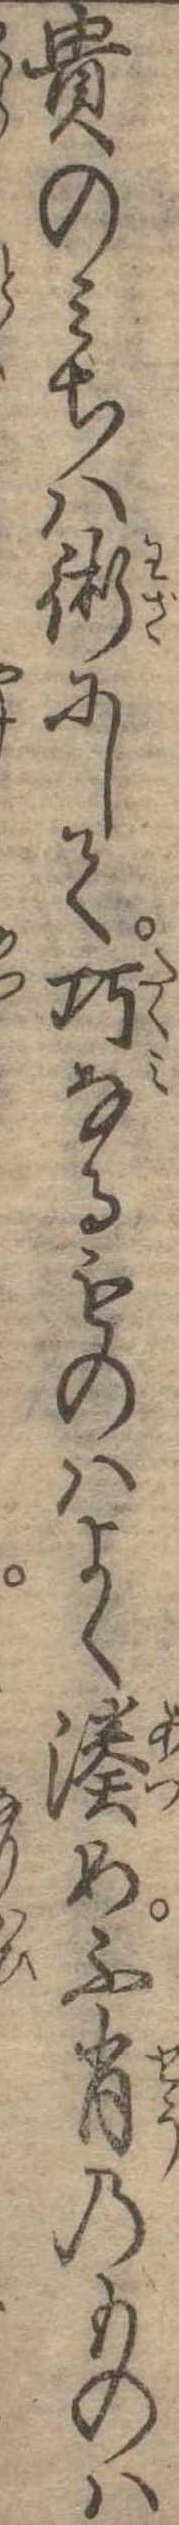
貴のみちは術にして巧なるものはよく湊め不肖のものは